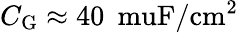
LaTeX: C_{\mathrm{G}}\approx 40\: \mathrm{\ muF/cm^{2}}